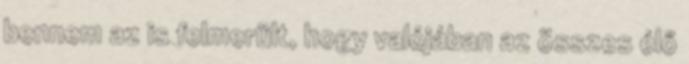
bennem az is felmerült, hogy valójában az összes élő